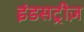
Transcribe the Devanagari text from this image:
इंडसट्रीज़